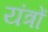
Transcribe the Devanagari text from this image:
यंंत्रों